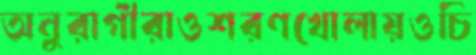
অনুরাগীরাওশরণখোলায়ওচি